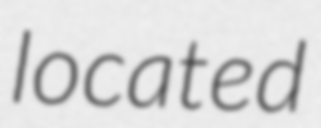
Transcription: located